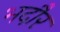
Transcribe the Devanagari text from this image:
भदौर